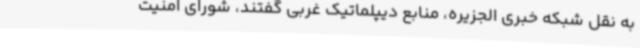
به نقل شبکه خبری الجزیره، منابع دیپلماتیک غربی گفتند، شورای امنیت